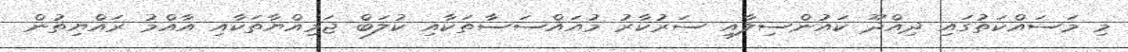
މި މަސައްކަތުގައި ދިއްދޫ ކައުންސިލާއި ސަރުކާރު މުއައްސަސާތަކާއި ކުލަބް ޖަމިއްޔާތަކާއި އާއްމު ރައްޔިތުން